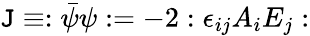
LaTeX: \mathtt{J}\equiv:\bar{{\psi}}\psi:=-2:\epsilon_{ij}A_{i}E_{j}: